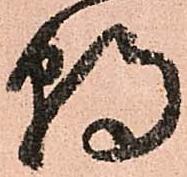
朝